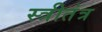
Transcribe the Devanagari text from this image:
स्त्रीतंत्र